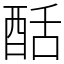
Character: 䣶